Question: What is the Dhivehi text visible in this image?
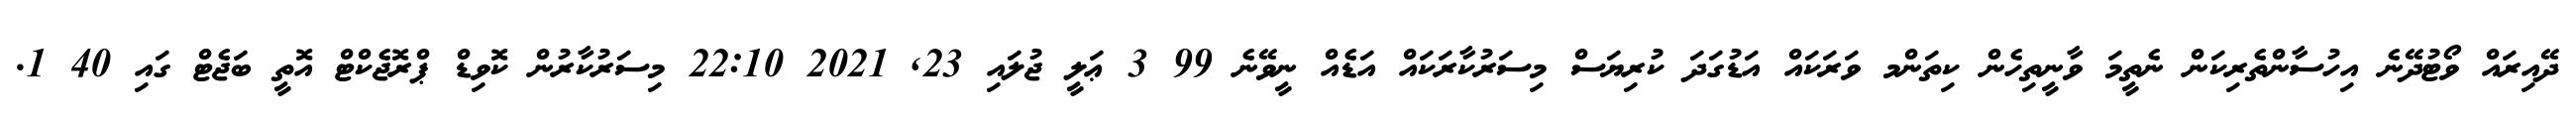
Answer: ދޭއިރައް ވޯޓުދޭނެ އިހުސާންތެރިކަން ނެތީމަ ވާނީތިހެން ކިތަންމ ވަރަކައް އަޑުގަދަ ކުރިޔަސް މިސަރުކާރަކައް އަޑެއް ނީވޭނެ 99 3 ޢަލީ ޖުލައި 23, 2021 22:10 މިސަރުކާރުން ކޮވިޑް ޕްރޮޖެކްޓް އޮތީ ބަޖެޓް ގައި 40 1.